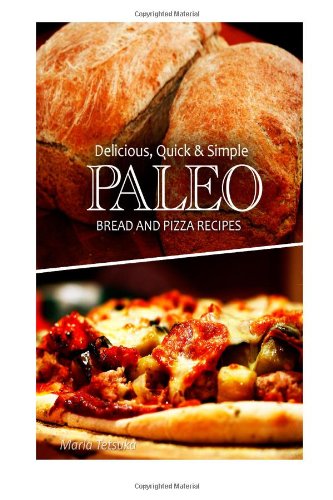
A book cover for Delicious, Quick & Simple - Paleo Bread and Pizza Recipes; Marla Tetsuka; Cookbooks, Food & Wine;